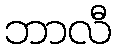
ဘာလီ